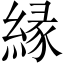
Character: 縁